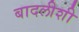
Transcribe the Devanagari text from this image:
बादलीशी